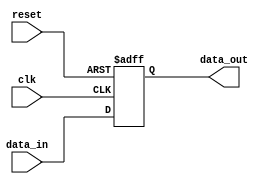
module transmission_gate_delay (
    input wire clk,
    input wire reset,
    input wire data_in,
    output wire data_out
);

reg delayed_data;

// Timing control and synchronization block
always @ (posedge clk or posedge reset) begin
    if (reset) begin
        delayed_data <= 1'b0;
    end else begin
        // Transmission gate delay
        #1 delayed_data <= data_in;
    end
end

assign data_out = delayed_data;

endmodule